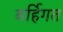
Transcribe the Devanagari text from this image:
बर्हिगत